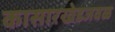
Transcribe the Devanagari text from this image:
कासारखेडजवळ